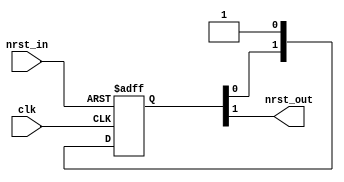
module oh_rsync #(parameter PS = 2          // number of sync stages
		  )
   (
    input  clk,
    input  nrst_in,
    output nrst_out
    );

`ifdef CFG_ASIC   
   asic_rsync asic_rsync (.clk(clk),
			  .nrst_in(nrst_in),
			  .nrst_out(nrst_out));
`else
   reg [PS-1:0] sync_pipe;   
   always @ (posedge clk or negedge nrst_in)		 
     if(!nrst_in)
       sync_pipe[PS-1:0] <= 1'b0;
     else
       sync_pipe[PS-1:0] <= {sync_pipe[PS-2:0],1'b1};	      	      
   assign nrst_out = sync_pipe[PS-1];
`endif // unmatched `else, `elsif or `endif
      
endmodule